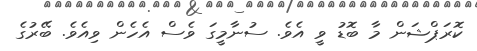
ކޮރަޕްޝަން މާ ބޮޑު ވީ އެވެ. ސުނާމީގަ ވެސް އެހެން ވިއެވެ. ބޭރުގެ